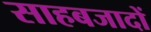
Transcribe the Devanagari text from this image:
साहबजादों